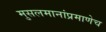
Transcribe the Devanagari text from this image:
मुसलमानांप्रमाणेच